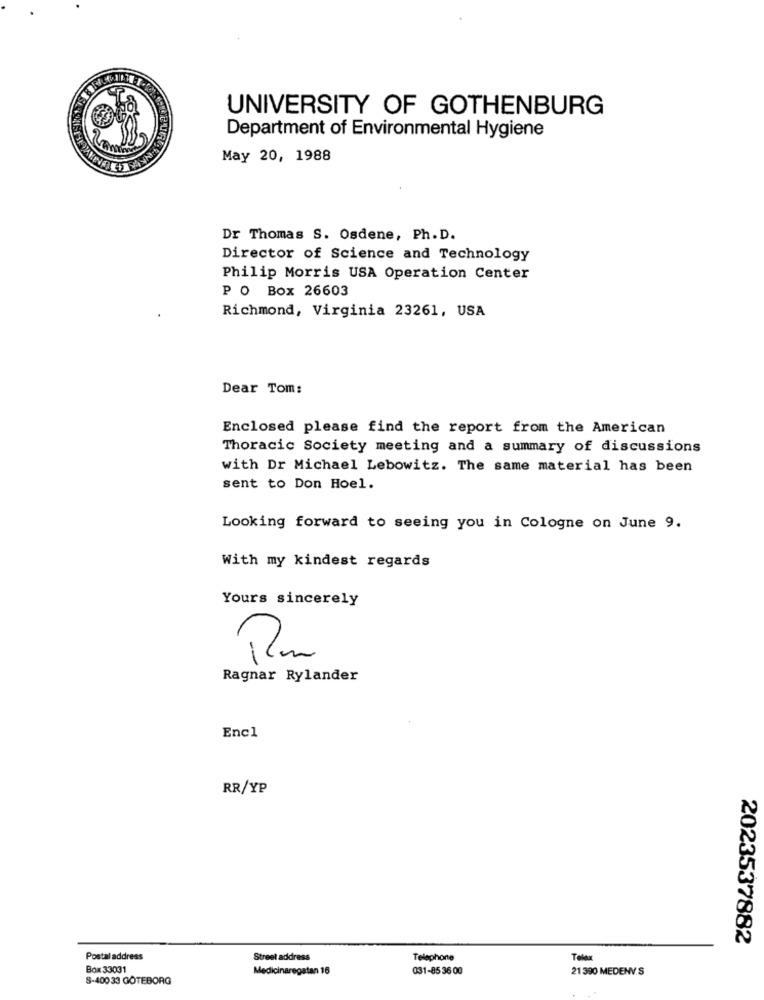
UNIVERSITY OF GOTHENBURG
Department of Environmental Hygiene
May 20, 1988
Dr Thomas S. Osdene, Ph. D.
Director of Science and Technology
Philip Morris USA Operation Center
P O Box 26603
Richmond, Virginia 23261, USA
Dear Tom:
Enclosed please find the report from the American
Thoracic Society meeting and a summary of discussions
with Dr Michael Lebowitz. The same material has been
sent to Don Hoel.
Looking forward to seeing you in Cologne on June 9.
With my kindest regards
Yours sincerely
Ragnar Rylander
Encl
RR/YP
2023537882
Postal address
Street address
Telephone
Telex
Box 33031
Medicinaregatan 16
031-85 36 00
21 390 MEDENV. S
S-40033 GÖTEBORG